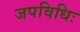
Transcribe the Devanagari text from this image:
जपविधिः